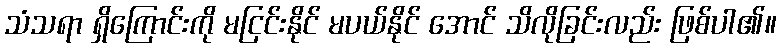
သံသရာ ရှိကြောင်းကို မငြင်းနိုင် မပယ်နိုင် အောင် သိလိုခြင်းလည်း ဖြစ်ပါ၏။